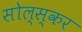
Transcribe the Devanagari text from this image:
सोल्स्कर